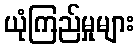
ယုံကြည်မှုများ